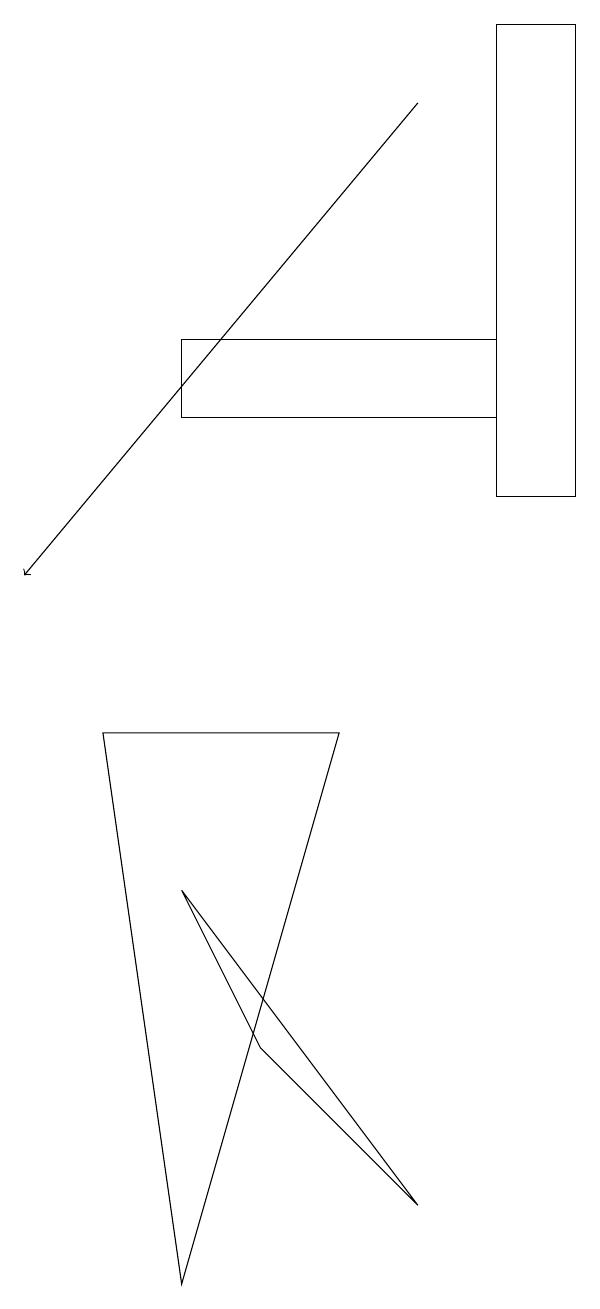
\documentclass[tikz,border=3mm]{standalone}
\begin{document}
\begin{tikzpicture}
\draw (5,5) -- (4,7) -- (7,3) -- cycle;
\draw (9,18) rectangle (8,12);
\draw (6,9) -- (4,2) -- (3,9) -- cycle;
\draw (4,14) rectangle (8,13);
\draw[->] (7,17) -- (2,11);
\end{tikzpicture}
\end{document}